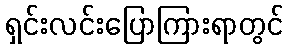
ရှင်းလင်းပြောကြားရာတွင်